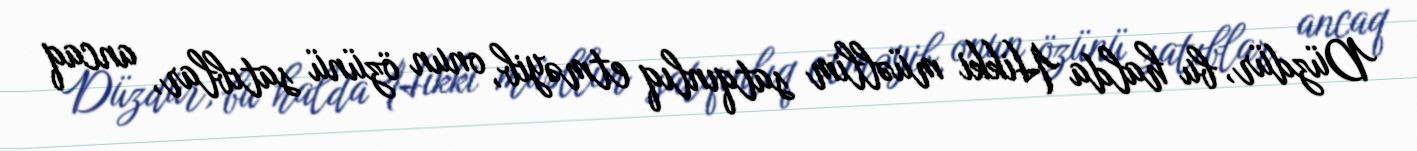
Düzdür, bu halda Hikki müəllim satqınlıq etməyib, onun özünü satıblar, ancaq